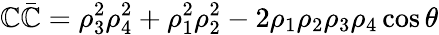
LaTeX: \mathbb{C}\bar{{\mathbb{C}}}=\rho_{3}^{2}\rho_{4}^{2}+\rho_{1}^{2}\rho_{2}^{2}-2\rho_{1}\rho_{2}\rho_{3}\rho_{4}\cos{\theta}